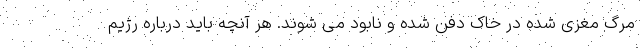
مرگ مغزی شده در خاک دفن شده و نابود می شوند. هر آنچه باید درباره رژیم